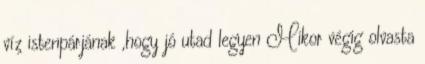
víz istenpárjának ,hogy jó utad legyen Mikor végig olvasta